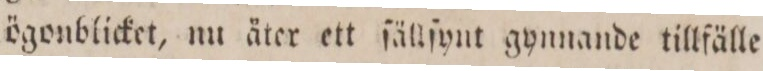
ögonblicket, nu äter ett ſällſynt gynnande tillfälle